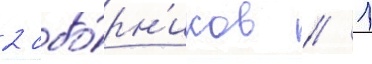
2 сбо́рн'иков / 1